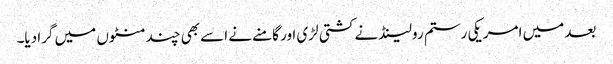
بعد میں امریکی رستم رولینڈ نے کشتی لڑی اور گامنے نے اسے بھی چند منٹوں میں گرا دیا۔